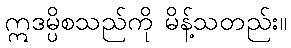
ဣဒမ္ပိစသည်ကို မိန့်သတည်း။